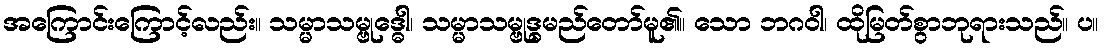
အကြောင်းကြောင့်လည်း။ သမ္မာသမ္ဗုဒ္ဓေါ၊ သမ္မာသမ္ဗုဒ္ဓမည်တော်မူ၏။ သော ဘဂဝါ၊ ထိုမြတ်စွာဘုရားသည်။ ပ။